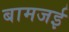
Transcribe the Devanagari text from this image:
बामजई